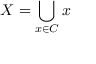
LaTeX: X = \bigcup _ { x \in C } x